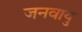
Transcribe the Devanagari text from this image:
जनवायु